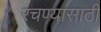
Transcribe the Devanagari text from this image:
रचण्यासाठी